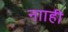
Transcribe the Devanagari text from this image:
नााही